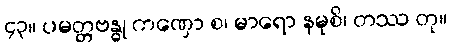
၄၃။ ပမတ္တဗန္ဓု ကဏှော စ၊ မာရော နမုစိ၊ တဿ တု။